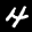
Label: 4